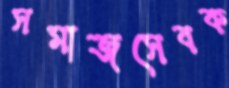
সমাজসেবক